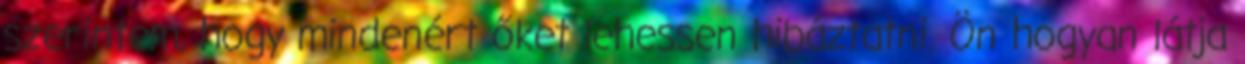
szerintem, hogy mindenért őket lehessen hibáztatni. Ön hogyan látja